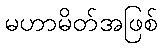
မဟာမိတ်အဖြစ်